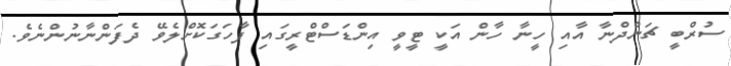
ސުރްބީ ޗަންދްނާ އާއި ހީނާ ހާން އަކީ ޓީވީ އިންޑަސްޓްރީގައި ފާހަގަކޮށްލެވޭ ދެފަންނާނުންނެވެ.